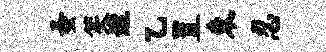
蚤笑透乙置束忍